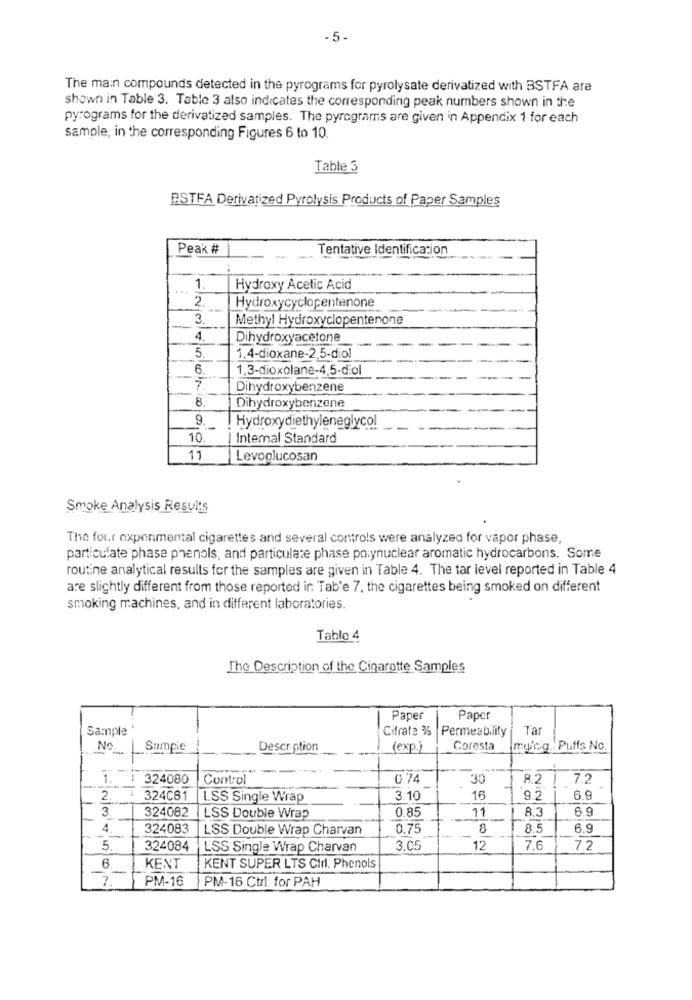
The main compounds detected in the pyrograms for pyrolysate derivatized with BSTFA are
shown in Table 3. Table 3 also indicates the corresponding peak numbers shown in the
pyrograms for the derivatized samples. The pyrcgrams are given in Appendix 1 for each
sample, in the corresponding Figures 6 to 10.
Table 3
BSTFA Derivatized Pyrolysis Products of Paper Samples
Peak #
Tentative Identification
1.
Hydroxy Acetic Acid
2.
Hydroxycyclopentenone
3.
Methyl Hydroxyclopentenone
4.
Dihydroxyacetone
5 .
1,4-dioxane-2,5-diol
6.
1.3-dioxolane-4,5-diol
Dihydroxybenzene
8.
Dihydroxybenzene
9.
Hydroxydiethyleneglycol
10.
| Internal Standard
11
Levoglucosan
Smoke Analysis Results
The four experimental cigarettes and several controls were analyzed for vapor phase,
particulate phase phenols, and particulate phase polynuclear aromatic hydrocarbons. Some
routine analytical results for the samples are given in Table 4. The tar level reported in Table 4
are slightly different from those reported in Tab'e 7. the cigarettes being smoked on different
smoking machines, and in different laboratories.
Tablo 4
The Description of the Cigarette Samples
Paper
Paper
Sample
Citrate %
Permeability
Tar
No| Sample
Descr ption
(exp.)
Coresta
myicig. Puffs No.
1.
324080
Control
0.74
30
8.2
7.2
2.
324C81
L.SS Single Wrap
3.10
16
9.2
6.9
324082
0.85
6.9
3.
LSS Double Wrap
11
8.3
4
324083
LSS Double Wrap Charvan
0.75
8
8.5
6.9
5
324084
LSS Single Wrap Charvan
3.05
12
7.6
7.2
6
KENT
KENT SUPER LTS CIrl. Phenols
PM-16
PM-16 Ctrl. for PAH